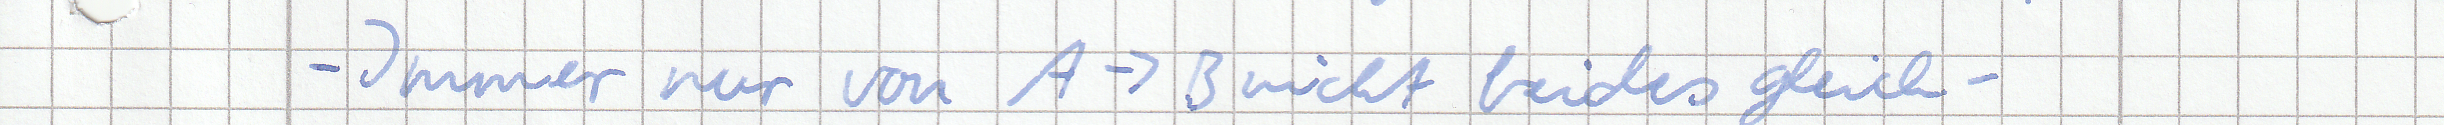
- Immer nur von A -> B nicht beides gleich-